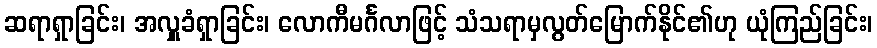
ဆရာရှာခြင်း၊ အလှူခံရှာခြင်း၊ လောကီမင်္ဂလာဖြင့် သံသရာမှလွတ်မြောက်နိုင်၏ဟု ယုံကြည်ခြင်း၊